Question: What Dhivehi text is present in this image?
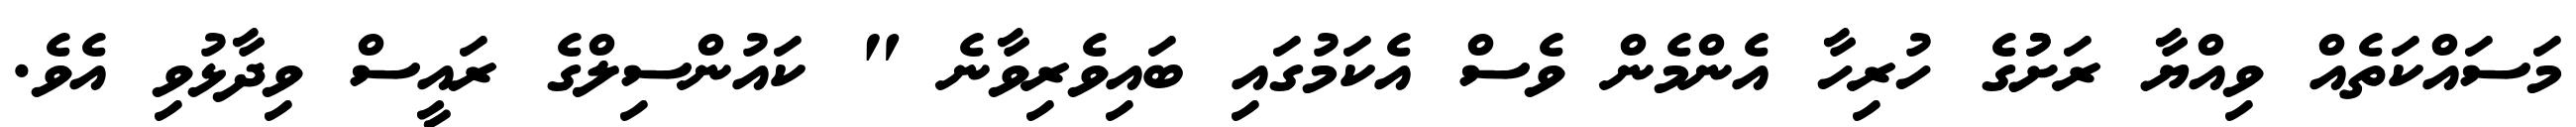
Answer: މަސައްކަތެއް ވިއްޔާ ރަށުުގެ ހުރިހާ އެންމެން ވެސް އެކަމުގައި ބައިވެރިވާނެ " ކައުންސިލްގެ ރައީސް ވިދާޅުވި އެވެ.